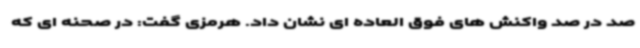
صد در صد واکنش های فوق العاده ای نشان داد. هرمزی گفت: در صحنه ای که